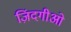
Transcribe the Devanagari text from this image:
ज़िंदगीओ